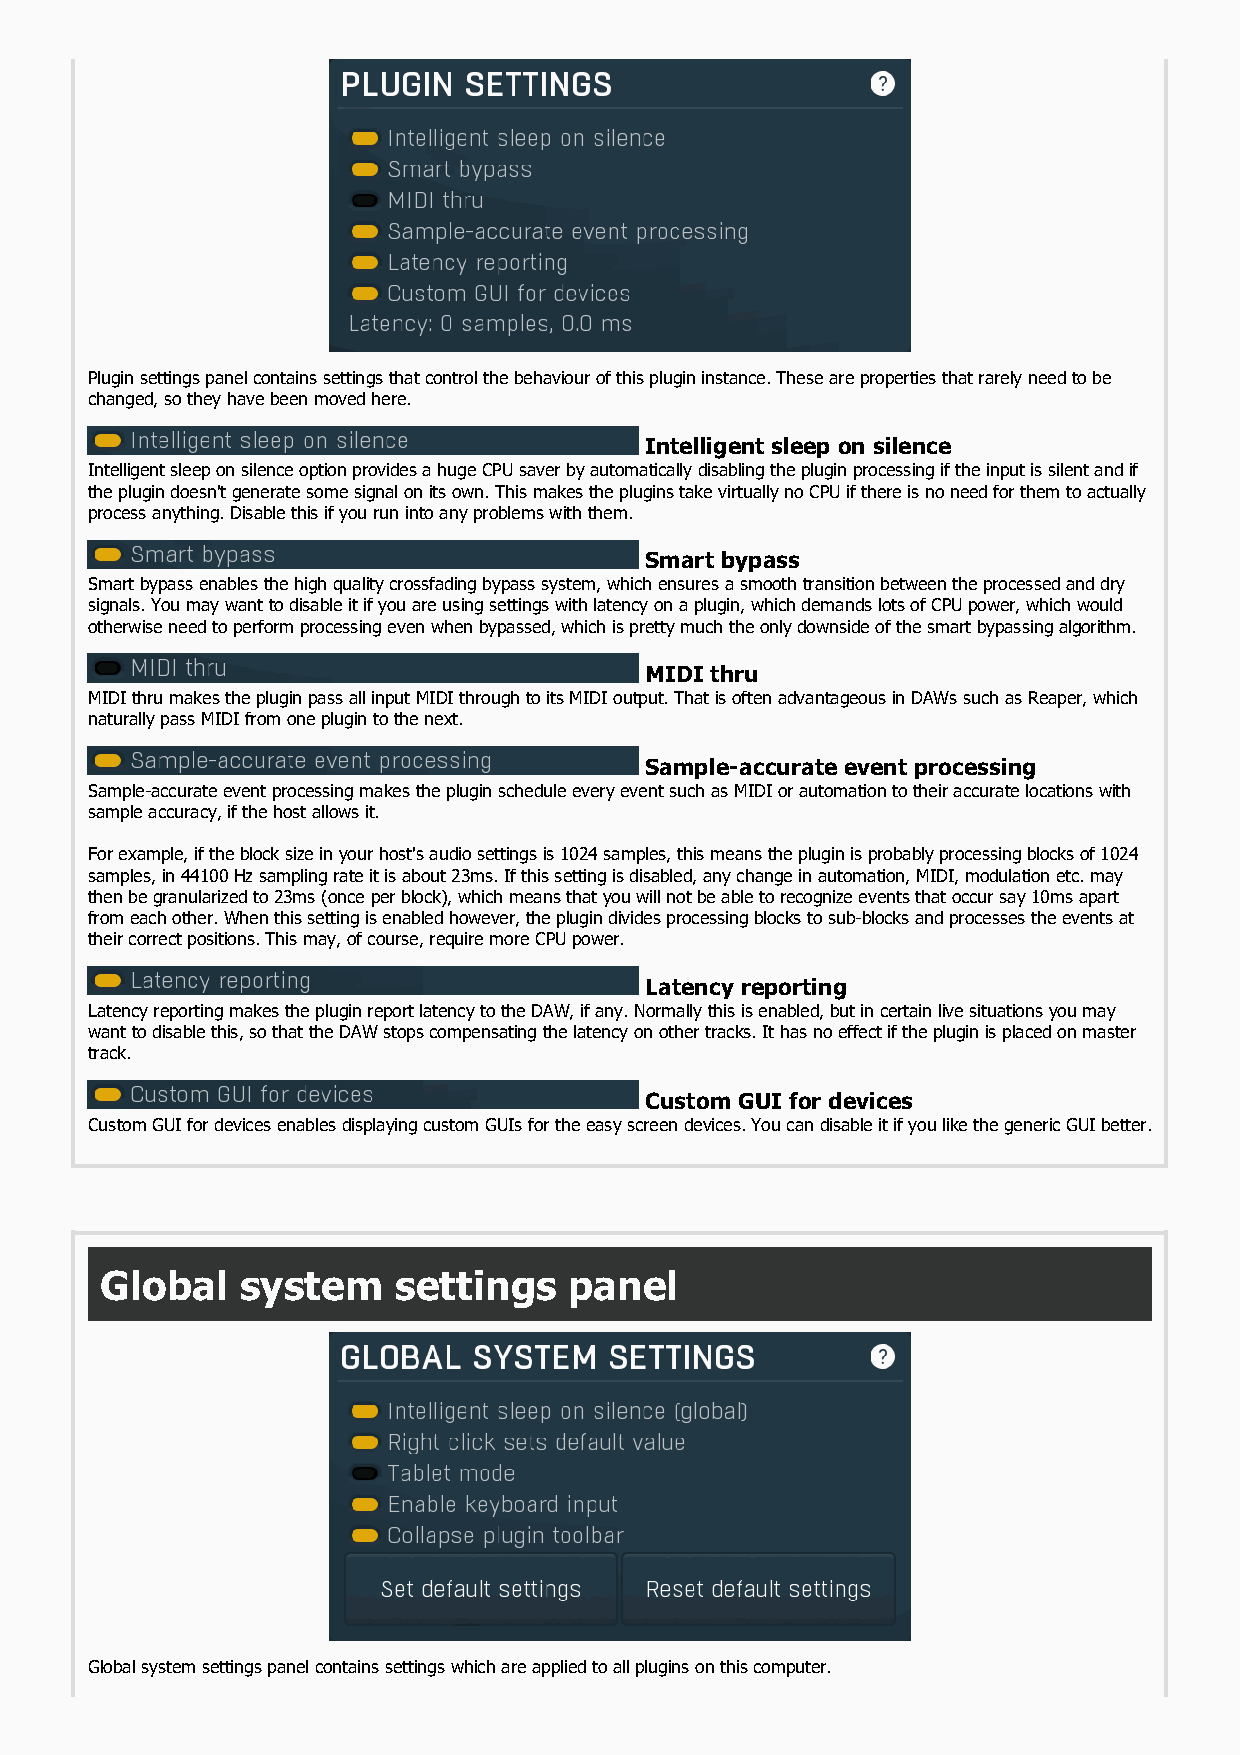
Plugin settings panel contains settings that control the behaviour of this plugin instance. These are properties that rarely need to be
 changed, so they have been moved here.
 Intelligent sleep on silence
 Intelligent sleep on silence option provides a huge CPU saver by automatically disabling the plugin processing if the input is silent and if
 the plugin doesn't generate some signal on its own. This makes the plugins take virtually no CPU if there is no need for them to actually
 process anything. Disable this if you run into any problems with them.
 Smart bypass
 Smart bypass enables the high quality crossfading bypass system, which ensures a smooth transition between the processed and dry
 signals. You may want to disable it if you are using settings with latency on a plugin, which demands lots of CPU power, which would
 otherwise need to perform processing even when bypassed, which is pretty much the only downside of the smart bypassing algorithm.
 MIDI thru
 MIDI thru makes the plugin pass all input MIDI through to its MIDI output. That is often advantageous in DAWs such as Reaper, which
 naturally pass MIDI from one plugin to the next.
 Sample-accurate event processing
 Sample-accurate event processing makes the plugin schedule every event such as MIDI or automation to their accurate locations with
 sample accuracy, if the host allows it.
 For example, if the block size in your host's audio settings is 1024 samples, this means the plugin is probably processing blocks of 1024
 samples, in 44100 Hz sampling rate it is about 23ms. If this setting is disabled, any change in automation, MIDI, modulation etc. may
 then be granularized to 23ms (once per block), which means that you will not be able to recognize events that occur say 10ms apart
 from each other. When this setting is enabled however, the plugin divides processing blocks to sub-blocks and processes the events at
 their correct positions. This may, of course, require more CPU power.
 Latency reporting
 Latency reporting makes the plugin report latency to the DAW, if any. Normally this is enabled, but in certain live situations you may
 want to disable this, so that the DAW stops compensating the latency on other tracks. It has no effect if the plugin is placed on master
 track.
 Custom GUI for devices
 Custom GUI for devices enables displaying custom GUIs for the easy screen devices. You can disable it if you like the generic GUI better.
 Global   system    settings    panel
 Global system settings panel contains settings which are applied to all plugins on this computer.